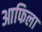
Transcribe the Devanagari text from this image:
आफिला